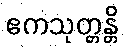
ဧကသုတ္တန္တိ